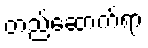
တည်ဆောက်ရာ